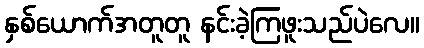
နှစ်ယောက်အတူတူ နင်းခဲ့ကြဖူးသည်ပဲလေ။